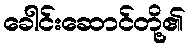
ခေါင်းဆောင်တို့၏